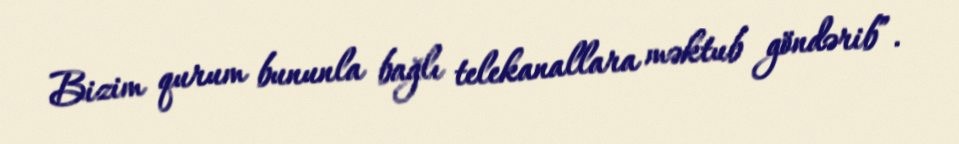
Bizim qurum bununla bağlı telekanallara məktub göndərib”.